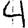
Digit: 4